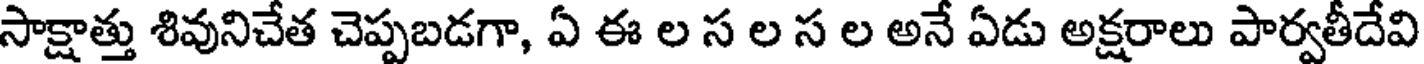
సాక్షాత్తు శివునిచేత చెప్పబడగా, ఏ ఈ ల స ల స ల అనే ఏడు అక్షరాలు పార్వతీదేవి